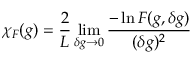
\chi _ { F } ( g ) = \frac { 2 } { L } \operatorname* { l i m } _ { \delta g \rightarrow 0 } \frac { - \ln F ( g , \delta g ) } { ( \delta g ) ^ { 2 } }